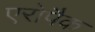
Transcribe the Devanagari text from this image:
एरोपैक